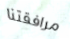
مرافقتنا